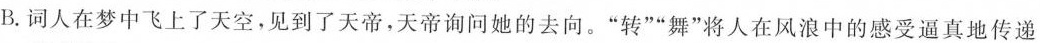
B.词人在梦中飞上了天空，见到了天帝，天帝询问她的去向。”转””舞”将人在风浪中的感受逼真地传递